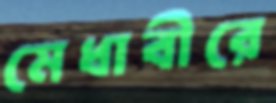
মেধাবীরে